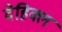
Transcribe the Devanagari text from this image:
वेहिक्ल